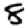
Digit: 8